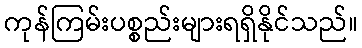
ကုန်ကြမ်းပစ္စည်းများရရှိနိုင်သည်။